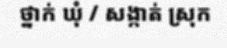
ថ្នាក់ ឃុំ / សង្កាត់ ស្រុក